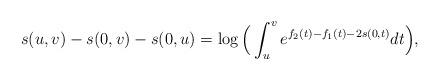
LaTeX: \begin{align*}s(u,v)-s(0,v)-s(0,u) = \log\Big(\int_u^v e^{f_2(t)-f_1(t)-2s(0,t)}dt\Big),\end{align*}